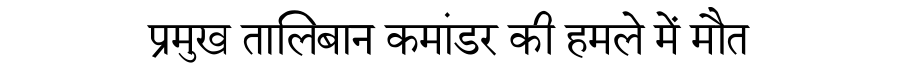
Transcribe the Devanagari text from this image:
प्रमुख तालिबान कमांडर की हमले में मौत